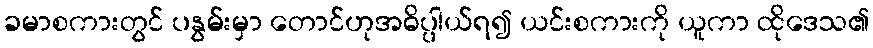
ခမာစကားတွင် ပနွမ်းမှာ တောင်ဟုအဓိပ္ပါယ်ရ၍ ယင်းစကားကို ယူကာ ထိုဒေသ၏